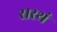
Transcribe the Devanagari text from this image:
सरथं